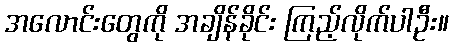
အလောင်းတွေကို အချိန်ခိုင်း ကြည့်လိုက်ပါဦး။